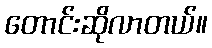
တောင်းဆိုလာတယ်။